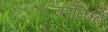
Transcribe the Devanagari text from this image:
कॉन्विट